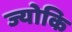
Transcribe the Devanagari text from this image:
ज्योकि